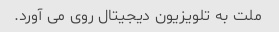
ملت به تلویزیون دیجیتال روی می آورد.